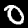
Label: 0